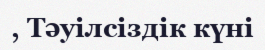
, Тәуілсіздік күні